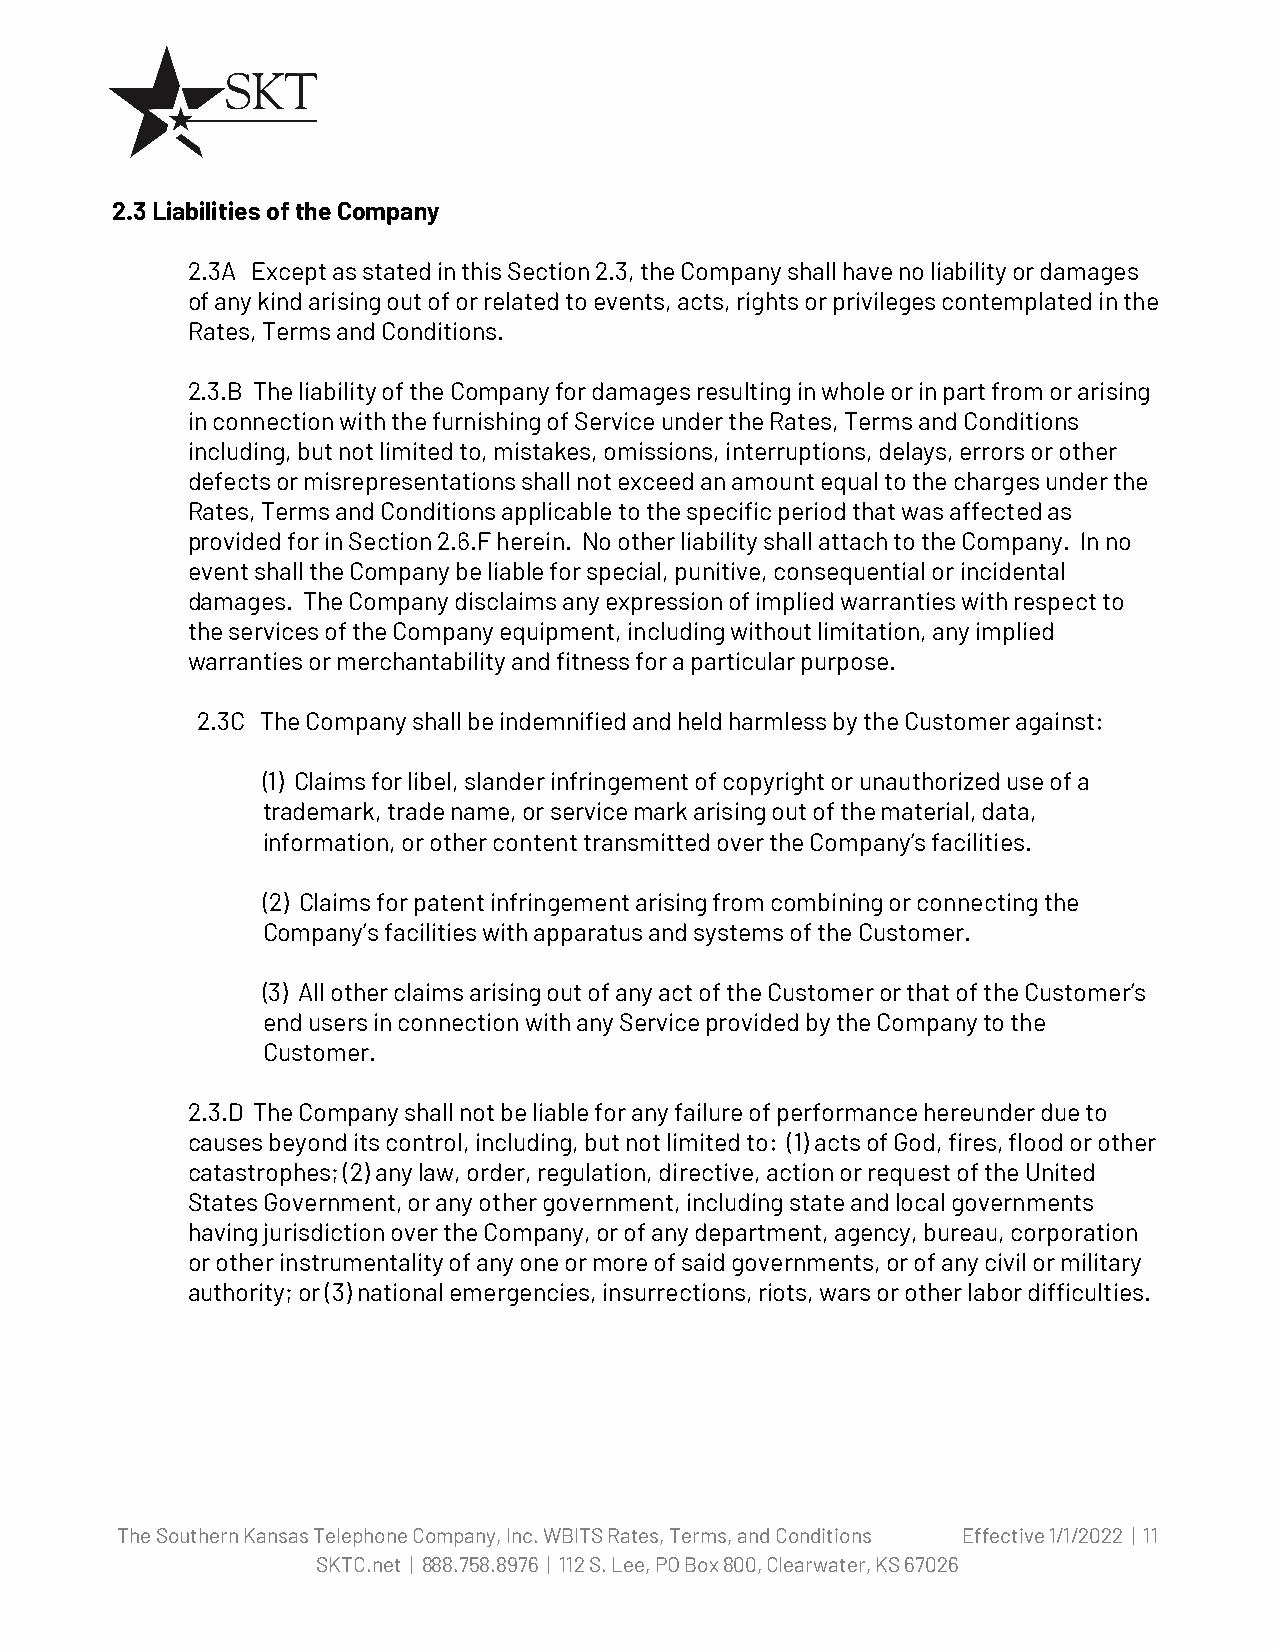
2.3 Liabilities of the Company
 2.3A Except as stated in this Section 2.3, the Company shall have no liability or damages
 of any kind arising out of or related to events, acts, rights or privileges contemplated in the
 Rates, Terms and Conditions.
 2.3.B The liability of the Company for damages resulting in whole or in part from or arising
 in connection with the furnishing of Service under the Rates, Terms and Conditions
 including, but not limited to, mistakes, omissions, interruptions, delays, errors or other
 defects or misrepresentations shall not exceed an amount equal to the charges under the
 Rates, Terms and Conditions applicable to the specific period that was affected as
 provided for in Section 2.6.F herein. No other liability shall attach to the Company. In no
 event shall the Company be liable for special, punitive, consequential or incidental
 damages. The Company disclaims any expression of implied warranties with respect to
 the services of the Company equipment, including without limitation, any implied
 warranties or merchantability and fitness for a particular purpose.
 2.3C The Company shall be indemnified and held harmless by the Customer against:
 (1) Claims for libel, slander infringement of copyright or unauthorized use of a
 trademark, trade name, or service mark arising out of the material, data,
 information, or other content transmitted over the Company’s facilities.
 (2) Claims for patent infringement arising from combining or connecting the
 Company’s facilities with apparatus and systems of the Customer.
 (3) All other claims arising out of any act of the Customer or that of the Customer’s
 end users in connection with any Service provided by the Company to the
 Customer.
 2.3.D The Company shall not be liable for any failure of performance hereunder due to
 causes beyond its control, including, but not limited to: (1) acts of God, fires, flood or other
 catastrophes; (2) any law, order, regulation, directive, action or request of the United
 States Government, or any other government, including state and local governments
 having jurisdiction over the Company, or of any department, agency, bureau, corporation
 or other instrumentality of any one or more of said governments, or of any civil or military
 authority; or (3) national emergencies, insurrections, riots, wars or other labor difficulties.
 The Southern Kansas Telephone Company, Inc. WBITS Rates, Terms, and Conditions Effective 1/1/2022 | 11
 SKTC.net | 888.758.8976 | 112 S. Lee, PO Box 800, Clearwater, KS 67026